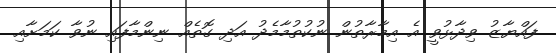
ފައްޔާޒު ވިދާޅުވީ އެ އިމާރާތުން ނުކުތުމާމެދު އަދި ގޮތެއް ނިންމާފައި ނުވާ ކަމަށާއި